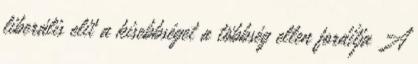
liberális elit a kisebbséget a többség ellen fordítja A